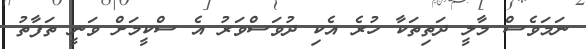
ނަމަވެސް މާލީ ދަތިތަކާ ހުރެ އެކި ދުވަސްވަރު އެ ސްކީމަށް ވަނީ ތަފާތު